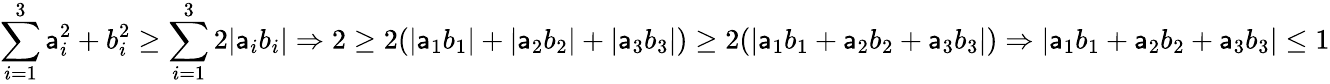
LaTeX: \sum_{i=1}^{3}\mathsf{a}_{i}^{2}+b_{i}^{2}\geq\sum_{i=1}^{3}2|\mathsf{a}_{i}b_{i}|\Rightarrow2\geq2(|\mathsf{a}_{1}b_{1}|+|\mathsf{a}_{2}b_{2}|+|\mathsf{a}_{3}b_{3}|)\geq2(|\mathsf{a}_{1}b_{1}+\mathsf{a}_{2}b_{2}+\mathsf{a}_{3}b_{3}|)\Rightarrow|\mathsf{a}_{1}b_{1}+\mathsf{a}_{2}b_{2}+\mathsf{a}_{3}b_{3}|\leq1